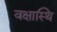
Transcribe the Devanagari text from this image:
वक्षास्थि